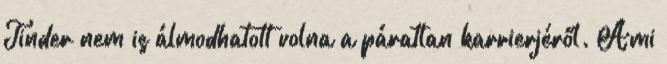
Tinder nem is álmodhatott volna a páratlan karrierjéről. Ami